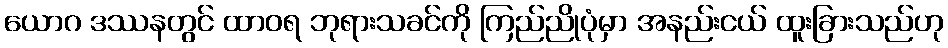
ယောဂ ဒဿနတွင် ထာဝရ ဘုရားသခင်ကို ကြည်ညိုပုံမှာ အနည်းငယ် ထူးခြားသည်ဟု